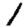
Digit: 1